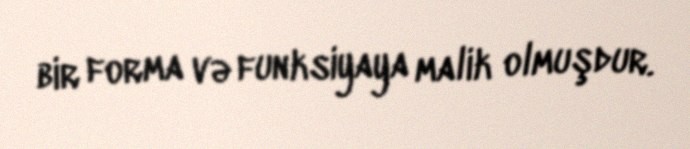
bir forma və funksiyaya malik olmuşdur.